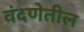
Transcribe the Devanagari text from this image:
वंदणेतील